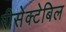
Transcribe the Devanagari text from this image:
रीसेक्टेबिल